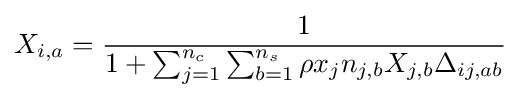
X_{i,a}={\frac {1}{1+\sum _{j=1}^{n_{c}}{\sum _{b=1}^{n_{s}}{\rho x_{j}n_{j,b}X_{j,b}\Delta _{ij,ab}}}}}